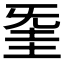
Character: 𣄱